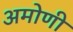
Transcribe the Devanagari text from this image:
अमोणी